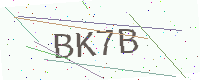
Text: BK7B